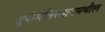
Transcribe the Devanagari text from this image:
तुर्कमेनिस्तानमधील